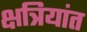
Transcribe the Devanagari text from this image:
क्षत्रियांत